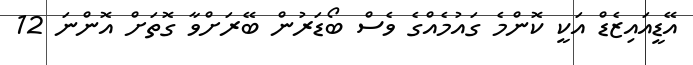
އޭޑީއައިޒެޑް އަކީ ކޮންމެ ގައުމެއްގެ ވެސް ބޯޑަރުން ބޭރަށްވާ ގޮތަށް އޮންނަ 12